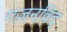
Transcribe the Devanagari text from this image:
गज़नविद